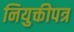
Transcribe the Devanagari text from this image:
नियुक्तीपत्र